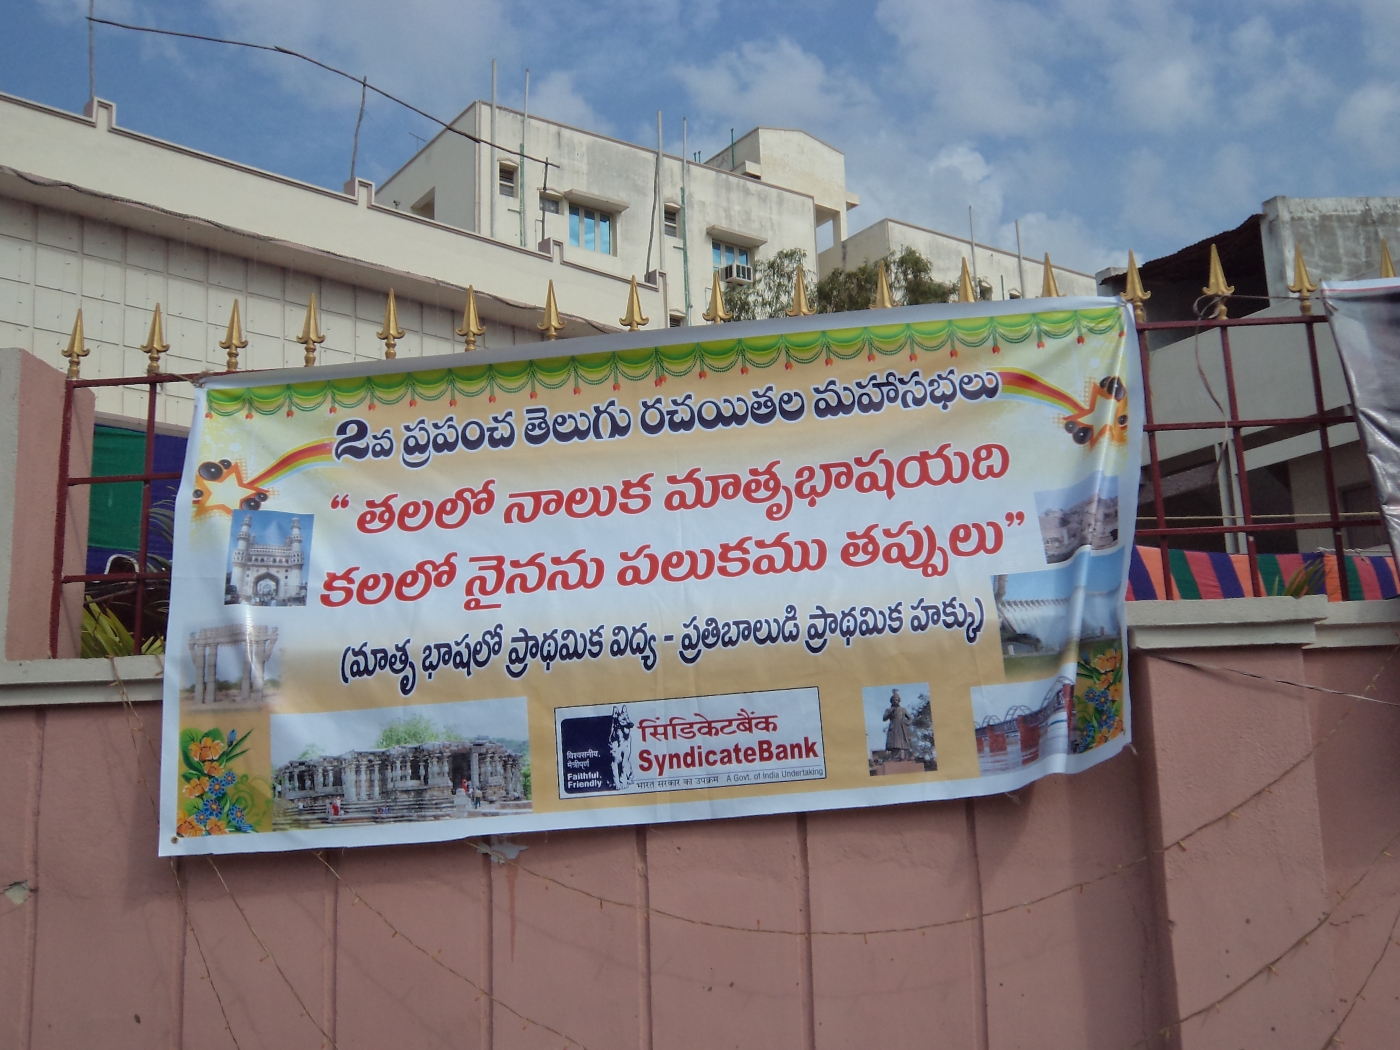
Language: telugu
Transcription: ప్రాథమిక ప్రాథమిక తెలుగు మహాసభలు నాలుక మాతృ యది నైనను (మాతృ భాషలో విద్య హక్కు) ప్రపంచ భాష కలలో రచయితల తప్పులు పలుకము